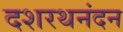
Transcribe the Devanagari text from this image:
दशरथनंदन